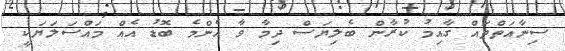
ސިނާއަތްތައް ގާއިމު ކުރާން ބެލިޔަސް ދިމާ ވާ އެންމެ ބޮޑު އެއް މައްސަލަޔަކީ